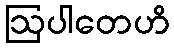
ဩပါတေဟိ